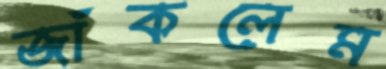
জাঁকলেম